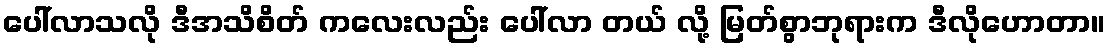
ပေါ်လာသလို ဒီအသိစိတ် ကလေးလည်း ပေါ်လာ တယ် လို့ မြတ်စွာဘုရားက ဒီလိုဟောတာ။